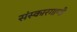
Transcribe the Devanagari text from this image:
संस्कारगाणी